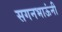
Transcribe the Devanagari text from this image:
सगनभाऊंनी